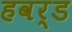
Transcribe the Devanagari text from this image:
हवर्ड